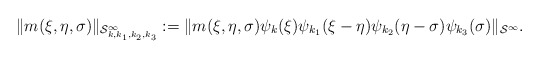
\begin{align*} \|m(\xi,\eta,\sigma)\|_{\mathcal{S}^\infty_{k,k_1,k_2,k_3}}:=\|m(\xi, \eta,\sigma)\psi_k(\xi)\psi_{k_1}(\xi-\eta)\psi_{k_2}(\eta-\sigma)\psi_{k_3}(\sigma)\|_{\mathcal{S}^\infty}.\end{align*}